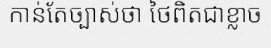
កាន់តែច្បាស់ថា ថៃពិតជាខ្លាច